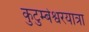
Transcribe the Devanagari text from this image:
कुटुम्बेश्वरयात्रा